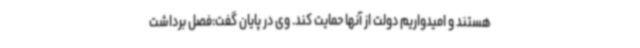
هستند و امیدواریم دولت از آنها حمایت کند. وی در پایان گفت:فصل برداشت